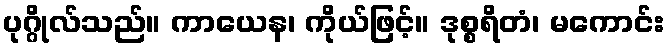
ပုဂ္ဂိုလ်သည်။ ကာယေန၊ ကိုယ်ဖြင့်။ ဒုစ္စရိတံ၊ မကောင်း